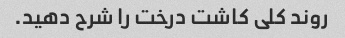
روند کلی کاشت درخت را شرح دهید.